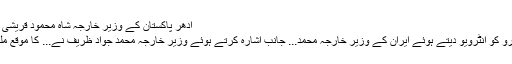
ادھر پاکستان کے وزیر خارجہ شاہ محمود قریشی نے...
لافیگارو کو انٹرویو دیتے ہوئے ایران کے وزیر خارجہ محمد... جانب اشارہ کرتے ہوئے وزیر خارجہ محمد جواد ظریف نے... کا موقع ملے گا۔